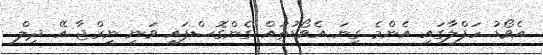
އެވޯޑު ހަފްލާގައި އެންމެ ގިނަ އެވޯޑުތައް ގެންގޮސްފައި ވަނީ ނީރްޖާ އޭ ދިލް